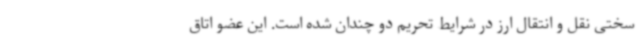
سختی نقل و انتقال ارز در شرایط تحریم دو چندان شده است. این عضو اتاق